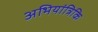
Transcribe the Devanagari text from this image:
अभियांत्रिकि